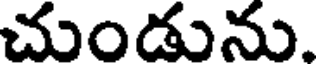
చుండును.